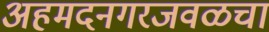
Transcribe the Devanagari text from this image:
अहमदनगरजवळचा